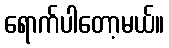
ရောက်ပါတော့မယ်။